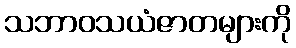
သဘာဝသယံဇာတများကို